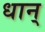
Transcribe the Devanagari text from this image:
धान्